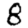
Digit: 8